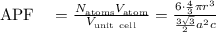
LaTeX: \begin{array} { r l } { \mathrm { A P F } } & { { } = { \frac { N _ { \mathrm { a t o m s } } V _ { \mathrm { a t o m } } } { V _ { \mathrm { u n i t ~ c e l l } } } } = { \frac { 6 \cdot { \frac { 4 } { 3 } } \pi r ^ { 3 } } { { \frac { 3 { \sqrt { 3 } } } { 2 } } a ^ { 2 } c } } } \end{array}